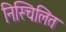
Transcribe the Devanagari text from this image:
निस्चिलित